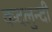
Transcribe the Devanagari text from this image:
कदलुन्दी